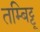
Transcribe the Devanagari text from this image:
तम्बिट्टू